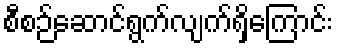
စီစဉ်ဆောင်ရွက်လျက်ရှိကြောင်း